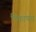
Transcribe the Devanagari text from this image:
ठिकाणच